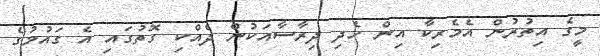
މީގެ އިތުރުން އެމެރިކާ އިން ހެދި ދިރާސާއަކުން ދެއްކި ގޮތުގައި އެ ގައުމުގެ